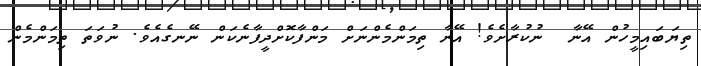
ތިޔަބައިމީހުން އޭނާ  ނުކުރާށެވެ! އޭނާ ތިމަންމެންނަށް މަންފާކޮށްދީފާނެކަން ނޭނގެއެވެ. ނުވަތަ ތިމަންމެން